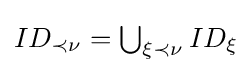
{\textstyle ID_{\prec \nu }=\bigcup _{\xi \prec \nu }ID_{\xi }}